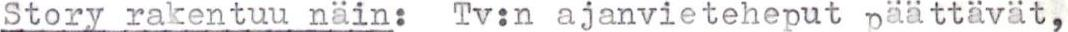
Story rakentuu näin: Tv:n ajanvieteheput päättävät,